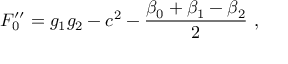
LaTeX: F _ { 0 } ^ { \prime \prime } = g _ { 1 } g _ { 2 } - c ^ { 2 } - \frac { \beta _ { 0 } + \beta _ { 1 } - \beta _ { 2 } } { 2 } ~ ,